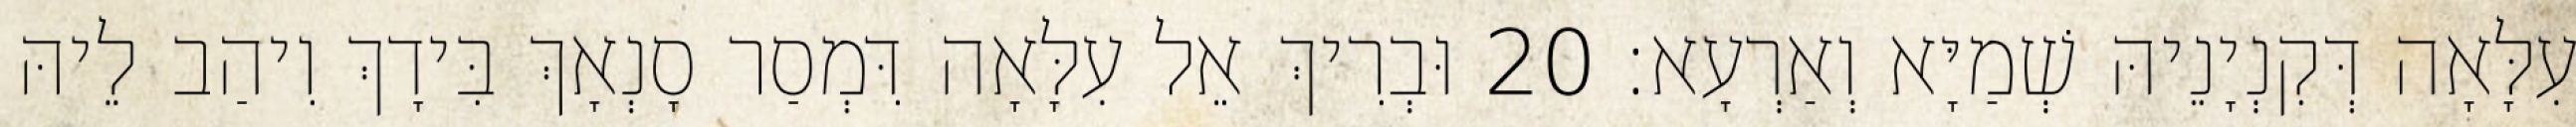
עִלָּאָה דְּקִנְיָנֵיהּ שְׁמַיָּא וְאַרְעָא׃ 20 וּבְרִיךְ אֵל עִלָּאָה דִּמְסַר סָנְאָךְ בִּידָךְ וִיהַב לֵיהּ